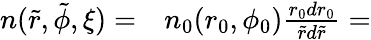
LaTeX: \begin{array}{rl}{n(\tilde{r},\tilde{\phi},\xi)=}&{{}n_{0}(r_{0},\phi_{0})\frac{r_{0}dr_{0}}{\tilde{r}d\tilde{r}}=}\end{array}